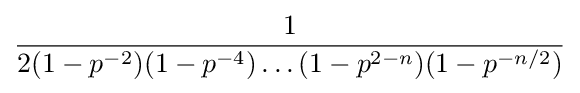
{1 \over 2(1-p^{-2})(1-p^{-4})\dots (1-p^{2-n})(1-p^{-n/2})}